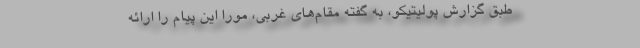
طبق گزارش پولیتیکو، به گفته مقام‌های غربی، مورا این پیام را ارائه